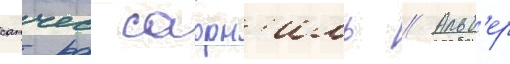
санчес саорн'иль // Альб'ер